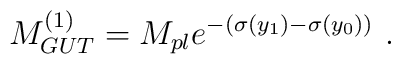
M_{GUT}^{(1)} = M_{pl} e^{-(\sigma(y_1) - \sigma(y_0)) }  ~.~ \,